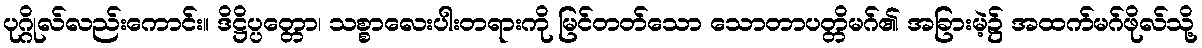
ပုဂ္ဂိုလ်လည်းကောင်း။ ဒိဋ္ဌိပ္ပတ္တော၊ သစ္စာလေးပါးတရားကို မြင်တတ်သော သောတာပတ္တိမဂ်၏ အခြားမဲ့၌ အထက်မဂ်ဖိုလ်သို့